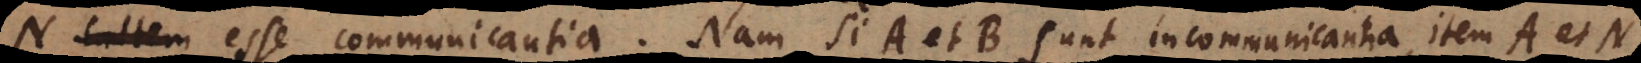
N saltem esse communicantia. Nam si A et B sunt incommunicantia, item A et N